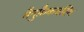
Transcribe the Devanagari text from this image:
मैनुफ़ैकचरिंग